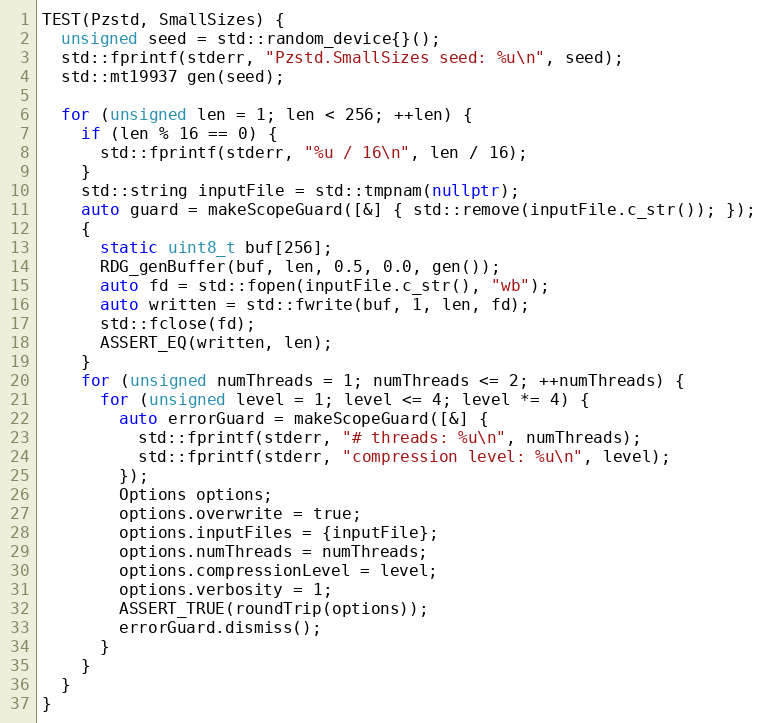
Language: C++
TEST(Pzstd, SmallSizes) {
  unsigned seed = std::random_device{}();
  std::fprintf(stderr, "Pzstd.SmallSizes seed: %u\n", seed);
  std::mt19937 gen(seed);

  for (unsigned len = 1; len < 256; ++len) {
    if (len % 16 == 0) {
      std::fprintf(stderr, "%u / 16\n", len / 16);
    }
    std::string inputFile = std::tmpnam(nullptr);
    auto guard = makeScopeGuard([&] { std::remove(inputFile.c_str()); });
    {
      static uint8_t buf[256];
      RDG_genBuffer(buf, len, 0.5, 0.0, gen());
      auto fd = std::fopen(inputFile.c_str(), "wb");
      auto written = std::fwrite(buf, 1, len, fd);
      std::fclose(fd);
      ASSERT_EQ(written, len);
    }
    for (unsigned numThreads = 1; numThreads <= 2; ++numThreads) {
      for (unsigned level = 1; level <= 4; level *= 4) {
        auto errorGuard = makeScopeGuard([&] {
          std::fprintf(stderr, "# threads: %u\n", numThreads);
          std::fprintf(stderr, "compression level: %u\n", level);
        });
        Options options;
        options.overwrite = true;
        options.inputFiles = {inputFile};
        options.numThreads = numThreads;
        options.compressionLevel = level;
        options.verbosity = 1;
        ASSERT_TRUE(roundTrip(options));
        errorGuard.dismiss();
      }
    }
  }
}